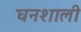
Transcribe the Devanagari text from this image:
घनशाली